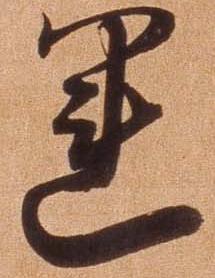
運